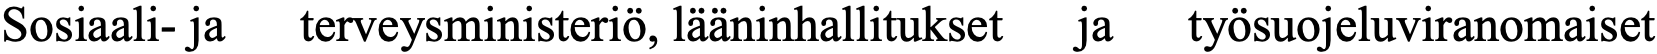
Sosiaali- ja terveysministeriö, lääninhallitukset ja työsuojeluviranomaiset